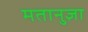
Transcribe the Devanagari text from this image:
मतानुज्ञा